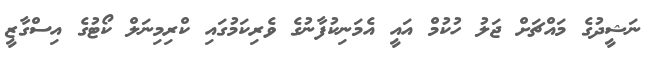
ނަޝީދުގެ މައްޗަށް ޖަލު ހުކުމް އައީ އެމަނިކުފާނުގެ ވެރިކަމުގައި ކްރިމިނަލް ކޯޓުގެ އިސްގާޒީ